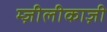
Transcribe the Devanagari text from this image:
म्ज़ीलीकाज़ी